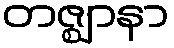
တဇ္ဈာနာ